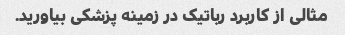
مثالی از کاربرد رباتیک در زمینه پزشکی بیاورید.